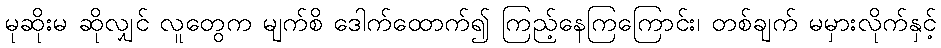
မုဆိုးမ ဆိုလျှင် လူတွေက မျက်စိ ဒေါက်ထောက်၍ ကြည့်နေကြကြောင်း၊ တစ်ချက် မမှားလိုက်နှင့်